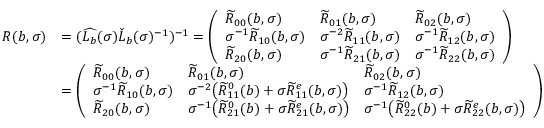
\begin{array} { r l } { R ( b , \sigma ) } & { = ( \widehat { L _ { b } } ( \sigma ) \check { L } _ { b } ( \sigma ) ^ { - 1 } ) ^ { - 1 } = \left( \begin{array} { l l l } { \widetilde { R } _ { 0 0 } ( b , \sigma ) } & { \widetilde { R } _ { 0 1 } ( b , \sigma ) } & { \widetilde { R } _ { 0 2 } ( b , \sigma ) } \\ { \sigma ^ { - 1 } \widetilde { R } _ { 1 0 } ( b , \sigma ) } & { \sigma ^ { - 2 } \widetilde { R } _ { 1 1 } ( b , \sigma ) } & { \sigma ^ { - 1 } \widetilde { R } _ { 1 2 } ( b , \sigma ) } \\ { \widetilde { R } _ { 2 0 } ( b , \sigma ) } & { \sigma ^ { - 1 } \widetilde { R } _ { 2 1 } ( b , \sigma ) } & { \sigma ^ { - 1 } \widetilde { R } _ { 2 2 } ( b , \sigma ) } \end{array} \right) } \\ & { = \left( \begin{array} { l l l } { \widetilde { R } _ { 0 0 } ( b , \sigma ) } & { \widetilde { R } _ { 0 1 } ( b , \sigma ) } & { \widetilde { R } _ { 0 2 } ( b , \sigma ) } \\ { \sigma ^ { - 1 } \widetilde { R } _ { 1 0 } ( b , \sigma ) } & { \sigma ^ { - 2 } \big ( \widetilde { R } _ { 1 1 } ^ { 0 } ( b ) + \sigma \widetilde { R } _ { 1 1 } ^ { e } ( b , \sigma ) \big ) } & { \sigma ^ { - 1 } \widetilde { R } _ { 1 2 } ( b , \sigma ) } \\ { \widetilde { R } _ { 2 0 } ( b , \sigma ) } & { \sigma ^ { - 1 } \big ( \widetilde { R } _ { 2 1 } ^ { 0 } ( b ) + \sigma \widetilde { R } _ { 2 1 } ^ { e } ( b , \sigma ) \big ) } & { \sigma ^ { - 1 } \big ( \widetilde { R } _ { 2 2 } ^ { 0 } ( b ) + \sigma \widetilde { R } _ { 2 2 } ^ { e } ( b , \sigma ) \big ) } \end{array} \right) } \end{array}